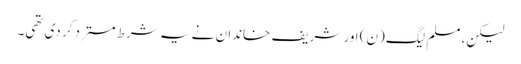
لیکن، مسلم لیگ (ن) اور شریف خاندان نے یہ شرط مسترد کر دی تھی۔